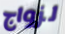
لزواج